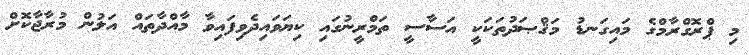
މި ޕްރޮގްރާމްގެ މައިގަނޑު މަޤްޞަދުތަކަކީ އަސާސީ ތަމްރީނުގައި ކިޔަވައިދެވިފައިވާ މާއްދާތައް އަލުން މުރާޖާކޮށް